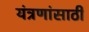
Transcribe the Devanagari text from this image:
यंत्रणांसाठी